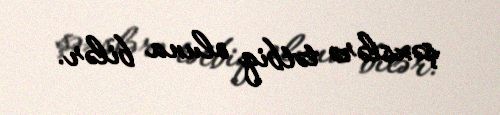
şəxslərə tətbiq oluna bilər.